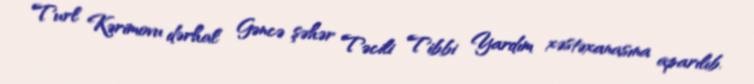
Turl Kərimovu dərhal Gəncə şəhər Təcili Tibbi Yardım xəstəxanasına aparılıb.